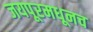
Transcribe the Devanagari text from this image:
जयपूरमधूनच